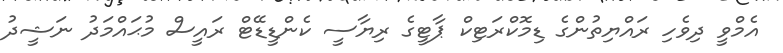
އެމްވީ ދިވެހި ރައްޔިތުންގެ ޑިމޮކްރަޓިކް ޕާޓީގެ ރިޔާސީ ކެންޑީޑޭޓް ރައީސް މުޙައްމަދު ނަޝީދު